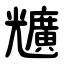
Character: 兤